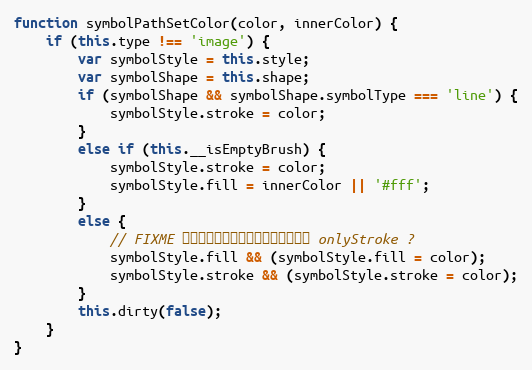
Language: JavaScript
function symbolPathSetColor(color, innerColor) {
    if (this.type !== 'image') {
        var symbolStyle = this.style;
        var symbolShape = this.shape;
        if (symbolShape && symbolShape.symbolType === 'line') {
            symbolStyle.stroke = color;
        }
        else if (this.__isEmptyBrush) {
            symbolStyle.stroke = color;
            symbolStyle.fill = innerColor || '#fff';
        }
        else {
            // FIXME 判断图形默认是填充还是描边，使用 onlyStroke ?
            symbolStyle.fill && (symbolStyle.fill = color);
            symbolStyle.stroke && (symbolStyle.stroke = color);
        }
        this.dirty(false);
    }
}